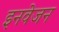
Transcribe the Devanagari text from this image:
इनवेजन